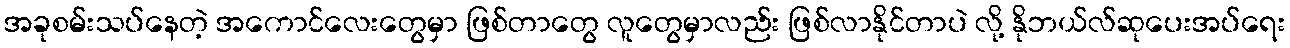
အခုစမ်းသပ်နေတဲ့ အကောင်လေးတွေမှာ ဖြစ်တာတွေ လူတွေမှာလည်း ဖြစ်လာနိုင်တာပဲ လို့ နိုဘယ်လ်ဆုပေးအပ်ရေး